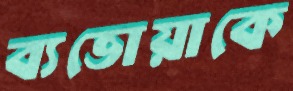
ব্যভোয়াকে